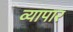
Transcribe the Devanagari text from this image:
व्यापार